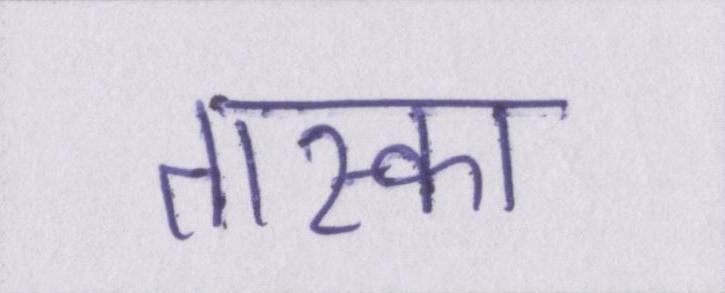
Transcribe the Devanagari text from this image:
तास्का